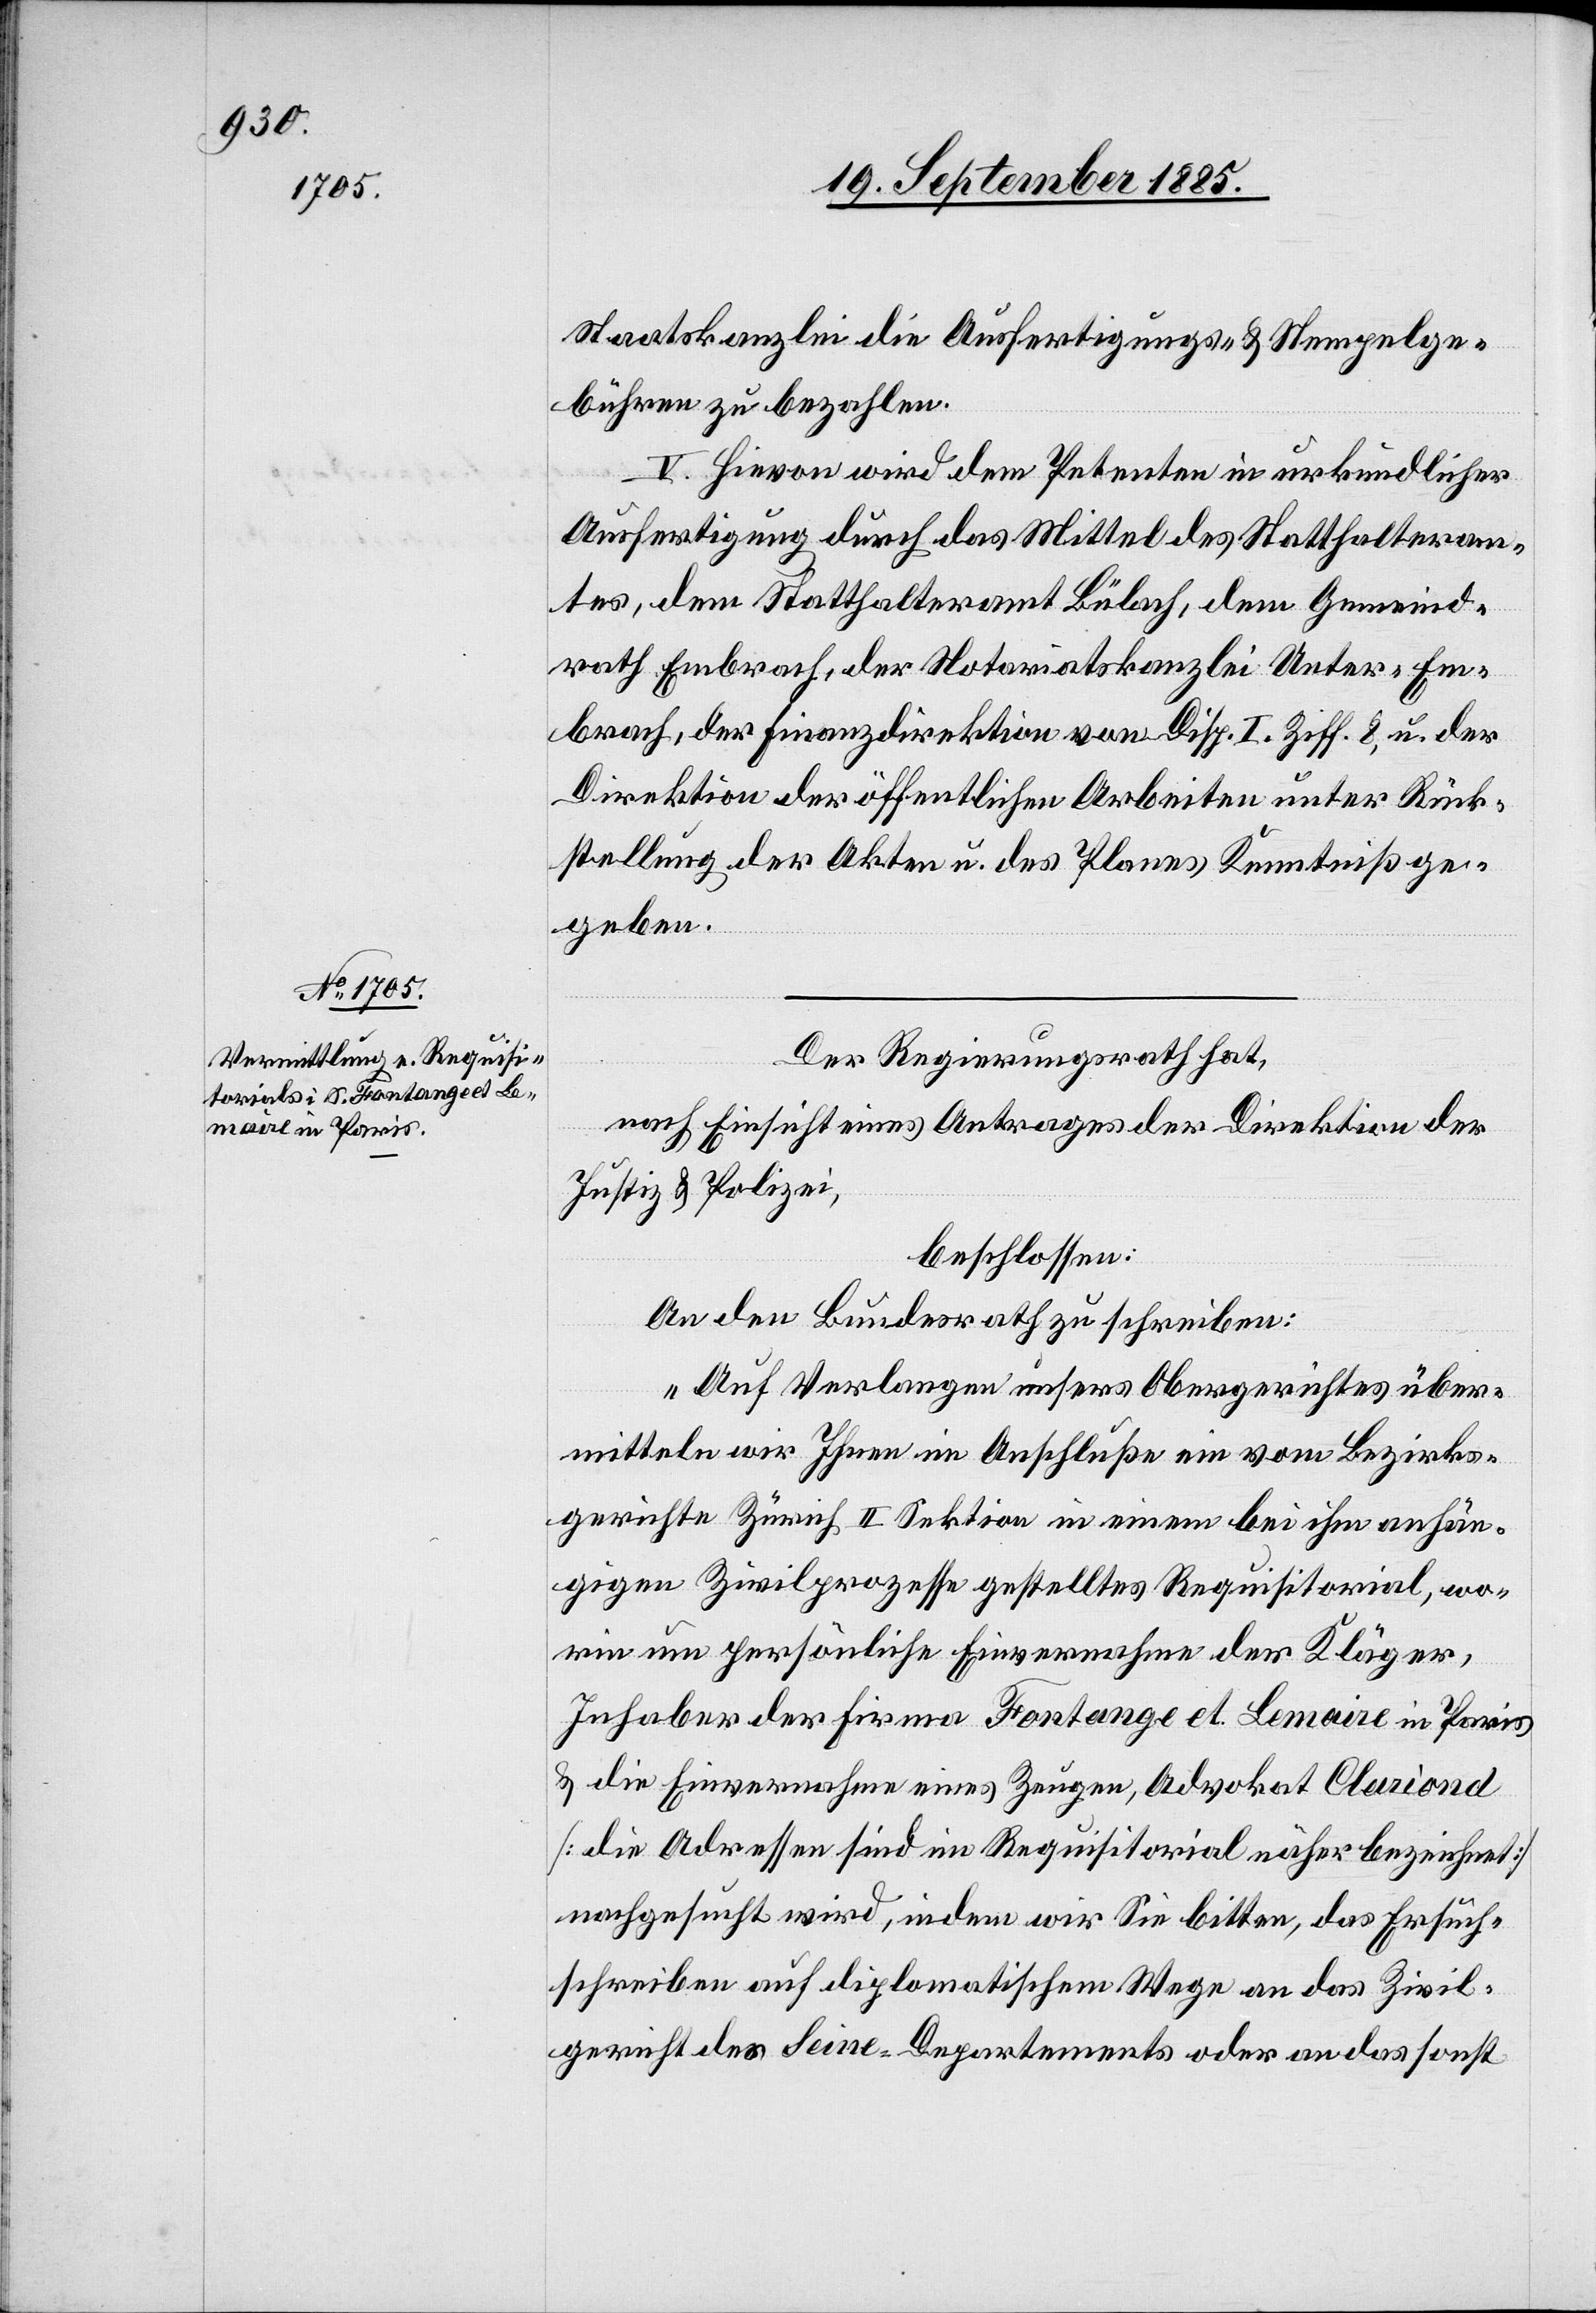
Staatskanzlei die Ausfertigungs- & Stempelge¬
bühren zu bezahlen.
V. Hievon wird dem Petenten in urkundlicher
Ausfertigung durch das Mittel des Statthalteram¬
tes, dem Statthalteramt Bülach, dem Gemeind¬
rath Embrach, der Notariatskanzlei Unter-Em¬
brach, der Finanzdirektion von Disp. I. Ziff. 8, u. der
Direktion der öffentlichen Arbeiten unter Rück¬
stellung der Akten u. des Planes Kenntniß ge¬
geben.
Der Regierungsrath hat,
nach Einsicht eines Antrages der Direktion der
Justiz & Polizei,
beschlossen:
An den Bundesrath zu schreiben:
„Auf Verlangen unsers Obergerichtes über¬
mitteln wir Ihnen im Anschluße ein vom Bezirks¬
gerichte Zürich II. Sektion in einem bei ihm anhän¬
gigen Zivilprozesse gestelltes Requisitorial, wo¬
rin um persönliche Einvernahme der Kläger,
Inhaber der Firma Fontange et Lemaire in Paris
& die Einvernahme eines Zeugen, Advokat Clariond
[die Adressen sind im Requisitorial näher bezeichnet]
nachgesucht wird, indem wir Sie bitten, das Ersuch¬
schreiben auf diplomatischem Wege an das Zivil¬
gericht des Seine-Departements oder an das sonst